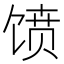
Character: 𱄀